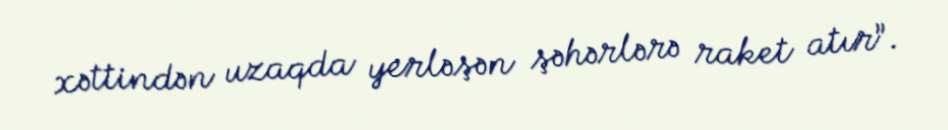
xəttindən uzaqda yerləşən şəhərlərə raket atır”.